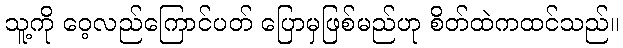
သူ့ကို ဝေ့လည်ကြောင်ပတ် ပြောမှဖြစ်မည်ဟု စိတ်ထဲကထင်သည်။